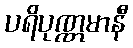
ပရိပုဏ္ဏမာနီ